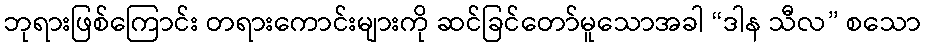
ဘုရားဖြစ်ကြောင်း တရားကောင်းများကို ဆင်ခြင်တော်မူသောအခါ “ဒါန သီလ” စသော